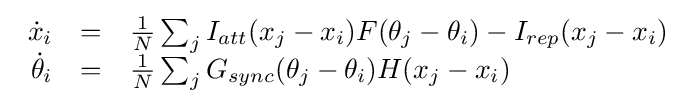
{\begin{array}{rcl}{\dot {x}}_{i}&=&{\frac {1}{N}}\sum _{j}I_{att}(x_{j}-x_{i})F(\theta _{j}-\theta _{i})-I_{rep}(x_{j}-x_{i})\\{\dot {\theta }}_{i}&=&{\frac {1}{N}}\sum _{j}G_{sync}(\theta _{j}-\theta _{i})H(x_{j}-x_{i})\end{array}}